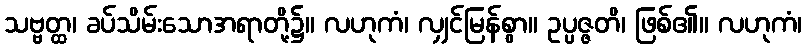
သဗ္ဗတ္ထ၊ ခပ်သိမ်းသောအရာတို့၌။ လဟုကံ၊ လျှင်မြန်စွာ။ ဥပ္ပဇ္ဇတိ၊ ဖြစ်၏။ လဟုကံ၊